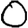
Digit: 0